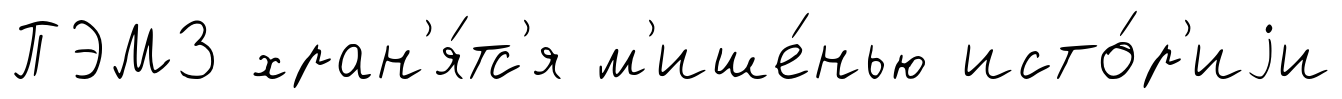
ПЭМ3 хран'я́тс'я м'ише́нью исто́р'иjи